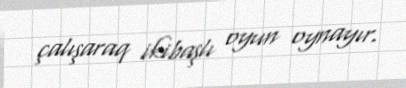
çalışaraq ikibaşlı oyun oynayır.